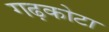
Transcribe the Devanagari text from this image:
गढ़कोटा